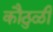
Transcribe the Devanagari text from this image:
कौठुळी